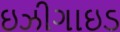
ઇઝીગાઇડ